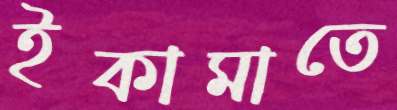
ইকামাতে